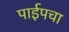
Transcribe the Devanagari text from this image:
पाईपचा